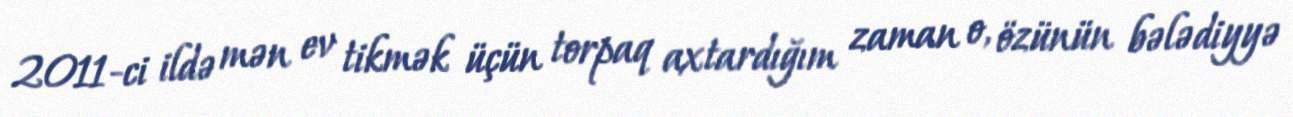
2011-ci ildə mən ev tikmək üçün torpaq axtardığım zaman o, özünün bələdiyyə